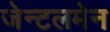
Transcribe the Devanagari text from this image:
जेन्टलमेन